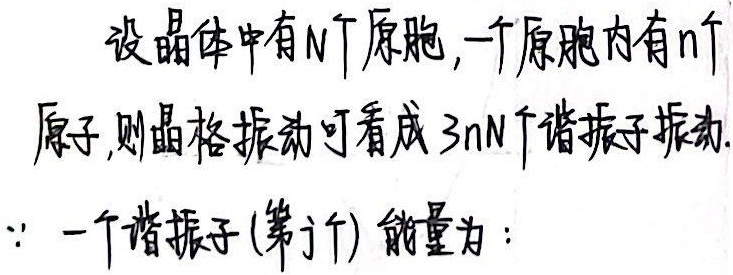
设晶体中有$N$个原胞，一个原胞内有$n$个原子，则晶格振动可看成$3nN$个谐振子振动。$\because$一个谐振子（第$j$个）能量为：